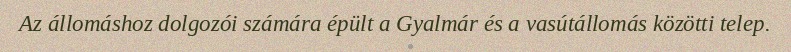
Az állomáshoz dolgozói számára épült a Gyalmár és a vasútállomás közötti telep.